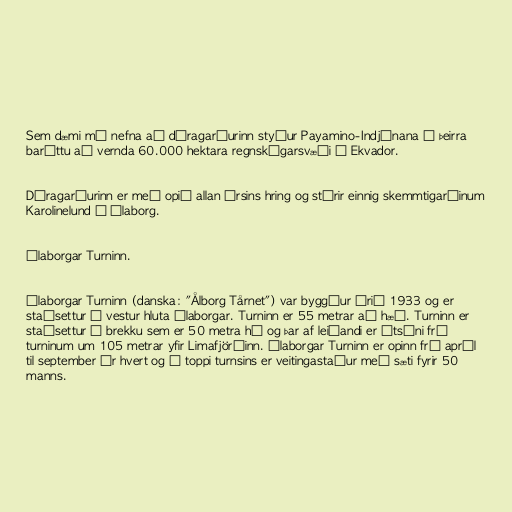
Sem dæmi má nefna að dýragarðurinn styður Payamino-Indjánana í þeirra
baráttu að vernda 60.000 hektara regnskógarsvæði í Ekvador.

Dýragarðurinn er með opið allan ársins hring og stýrir einnig skemmtigarðinum
Karolinelund í Álaborg.

Álaborgar Turninn.

Álaborgar Turninn (danska: "Ålborg Tårnet") var byggður árið 1933 og er
staðsettur í vestur hluta Álaborgar. Turninn er 55 metrar að hæð. Turninn er
staðsettur í brekku sem er 50 metra há og þar af leiðandi er útsýni frá
turninum um 105 metrar yfir Limafjörðinn. Álaborgar Turninn er opinn frá apríl
til september ár hvert og í toppi turnsins er veitingastaður með sæti fyrir 50
manns.